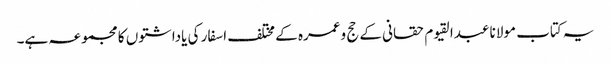
یہ کتاب مولانا عبدالقیوم حقانی کے حج وعمرہ کے مختلف اسفار کی یاداشتوں کا مجموعہ ہے۔